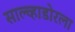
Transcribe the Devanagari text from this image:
साल्व्हाडोरला